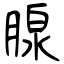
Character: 腺